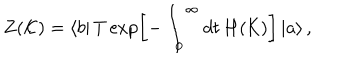
Z ( \mathcal { K } ) = \left\langle b \right| T \exp \left[ - \int _ { 0 } ^ { \infty } d t \, H ( \mathcal { K } ) \right] \left| a \right\rangle ,